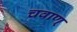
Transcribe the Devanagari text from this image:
चवाण्